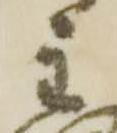
主